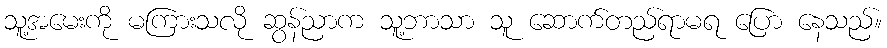
သူ့အမေးကို မကြားသလို ဆွန်ညာက သူ့ဘာသာ သူ ဆောက်တည်ရာမရ ပြော နေသည်။